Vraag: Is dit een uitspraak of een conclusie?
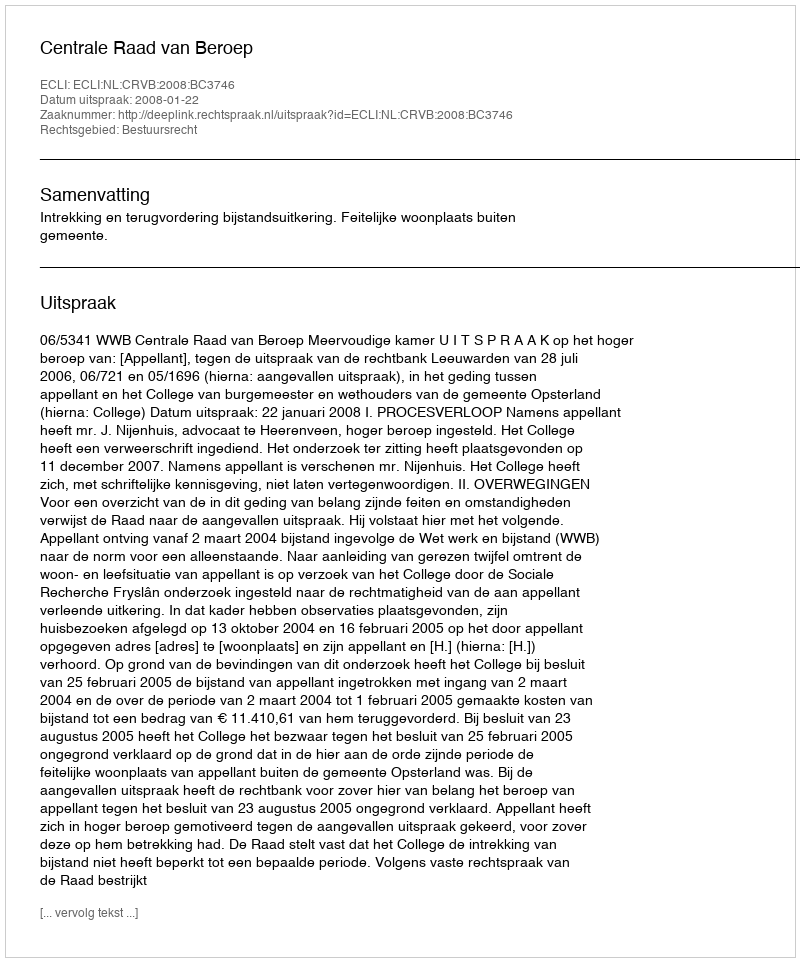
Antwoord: Uitspraak